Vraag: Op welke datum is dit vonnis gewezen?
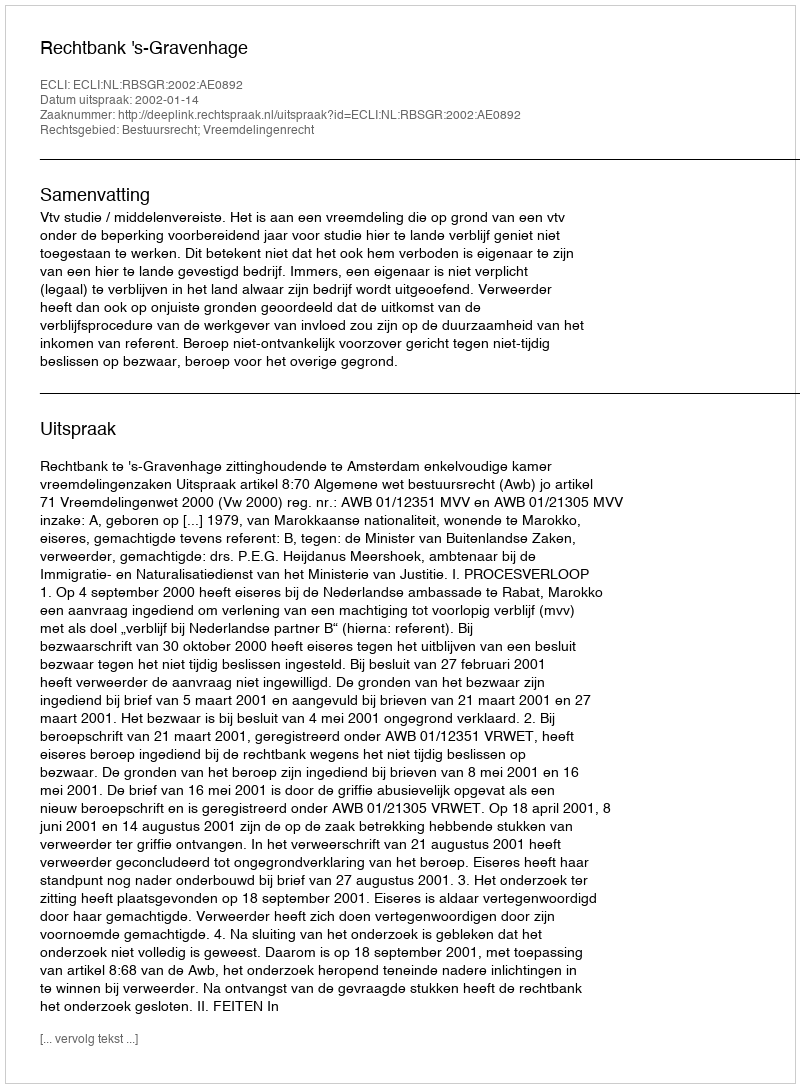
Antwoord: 2002-01-14